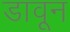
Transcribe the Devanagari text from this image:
डावून